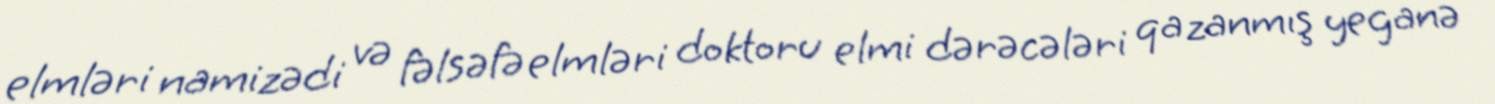
elmləri namizədi və fəlsəfə elmləri doktoru elmi dərəcələri qazanmış yeganə